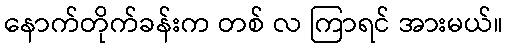
နောက်တိုက်ခန်းက တစ် လ ကြာရင် အားမယ်။